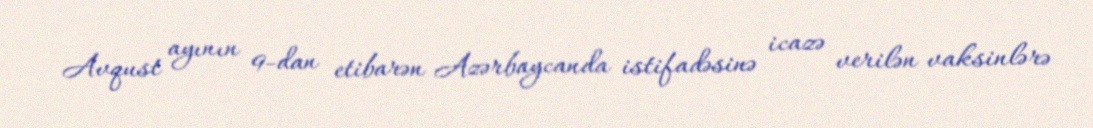
Avqust ayının 9-dan etibarən Azərbaycanda istifadəsinə icazə verilən vaksinlərə